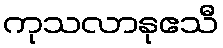
ကုသလာနုဧသီ